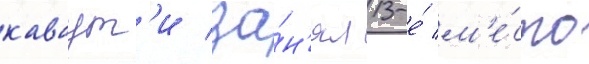
каваут'и за́н'ял 13-е́ м'е́сто